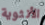
الأنثوية